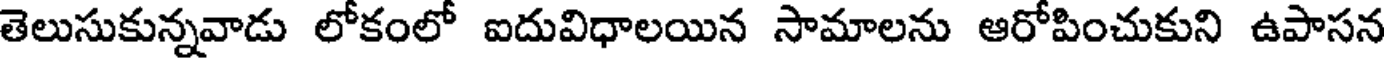
తెలుసుకున్నవాడు లోకంలో ఐదువిధాలయిన సామాలను ఆరోపించుకుని ఉపాసన